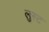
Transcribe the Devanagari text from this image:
लुस्ट